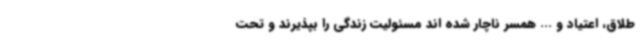
طلاق، اعتیاد و ... همسر ناچار شده اند مسئولیت زندگی را بپذیرند و تحت